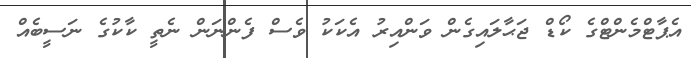
އެޕާޓްމެންޓްގެ ކޯޑް ޖަޙާލައިގެން ވަންއިރު އެކަކު ވެސް ފެންނަން ނެތީ ކާކުގެ ނަސީބެއް